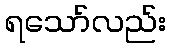
ရသော်လည်း